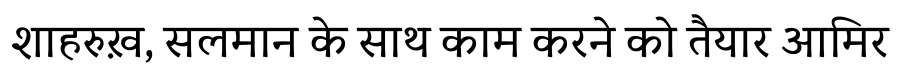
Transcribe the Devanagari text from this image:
शाहरुख़, सलमान के साथ काम करने को तैयार आमिर